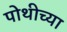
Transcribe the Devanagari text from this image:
पोथीच्या